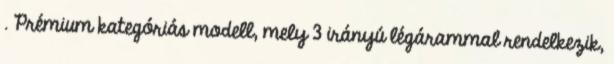
. Prémium kategóriás modell, mely 3 irányú légárammal rendelkezik,